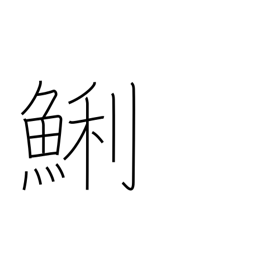
Meaning: short necked clam